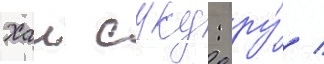
Хаи суку: ру́ /